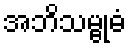
အဘိသမ္ဗုဓံ